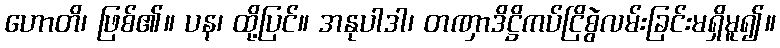
ဟောတိ၊ ဖြစ်၏။ ပန၊ ထို့ပြင်။ အနုပါဒါ၊ တဏှာဒိဋ္ဌိကပ်ငြိစွဲလမ်းခြင်းမရှိမူ၍။